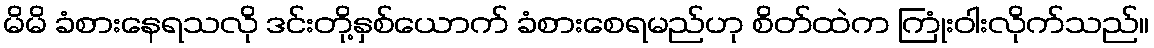
မိမိ ခံစားနေရသလို ဒင်းတို့နှစ်ယောက် ခံစားစေရမည်ဟု စိတ်ထဲက ကြုံးဝါးလိုက်သည်။